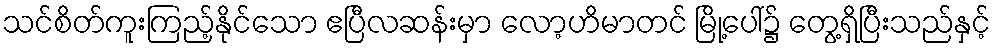
သင်စိတ်ကူးကြည့်နိုင်သော ဧပြီလဆန်းမှာ လော့ဟိမာတင် မြို့ပေါ်၌ တွေ့ရှိပြီးသည်နှင့်